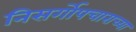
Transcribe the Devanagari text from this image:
निसर्गोपचाराच्या